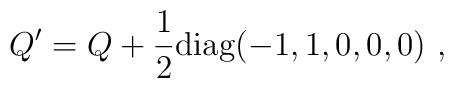
Q' = Q + {1\over 2} {\rm diag}(-1,1,0,0,0) \ , \nonumber